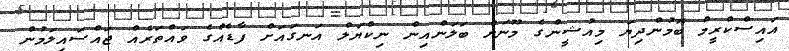
އައިސްކްރީމް ބޮމުންދިޔަ މިއުޝީންގެ މޫނަށް ބަލަންއިން ނިކްޔަލް އަނގައަށް ފާޑެއްގެ ވައްތަރެއް ޖައްސައިލަމުން